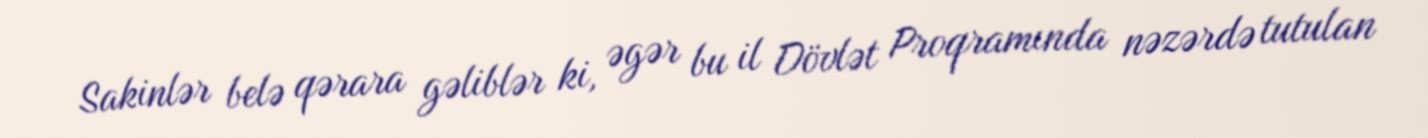
Sakinlər belə qərara gəliblər ki, əgər bu il Dövlət Proqramında nəzərdə tutulan